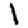
Digit: 1